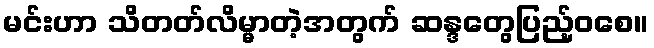
မင်းဟာ သိတတ်လိမ္မာတဲ့အတွက် ဆန္ဒတွေပြည့်ဝစေ။